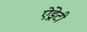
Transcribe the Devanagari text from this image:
ऐंड्रेटी